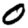
Digit: 0